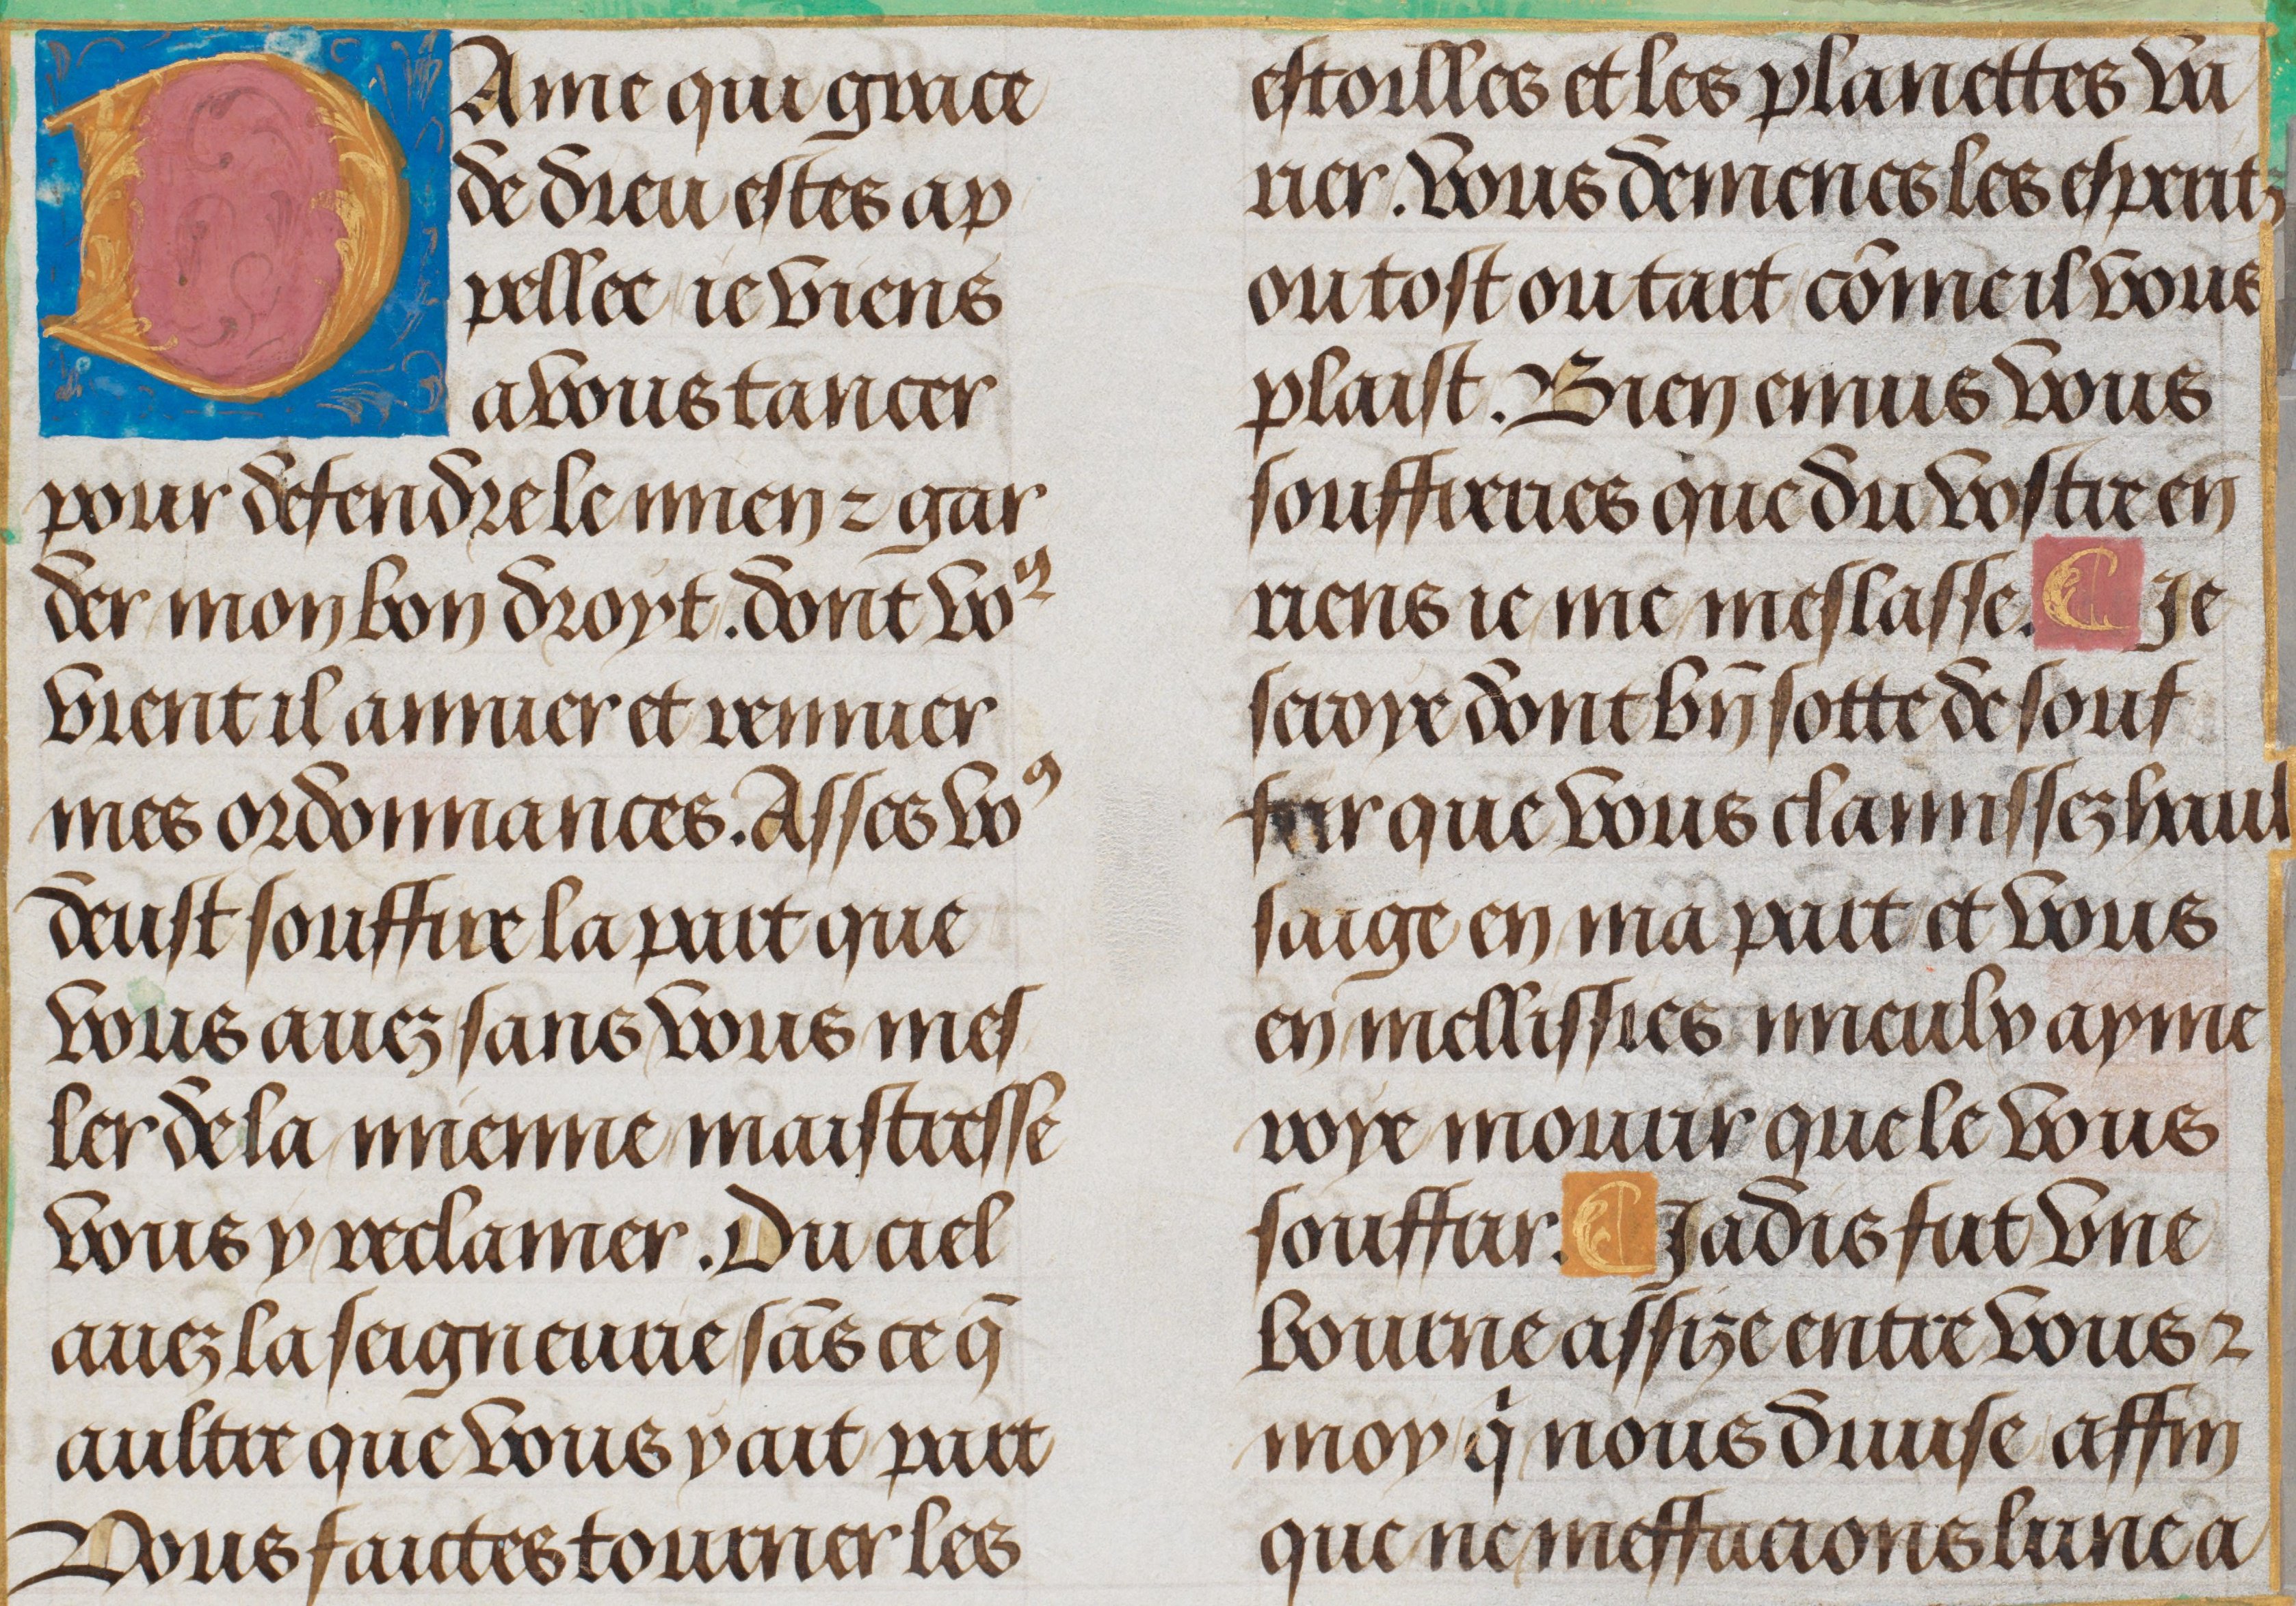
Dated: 1470–1530